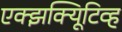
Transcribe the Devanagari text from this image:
एक्झक्यिूटिव्ह